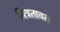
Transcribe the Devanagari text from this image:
मित्रतावत